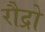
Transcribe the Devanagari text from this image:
रौद्रो